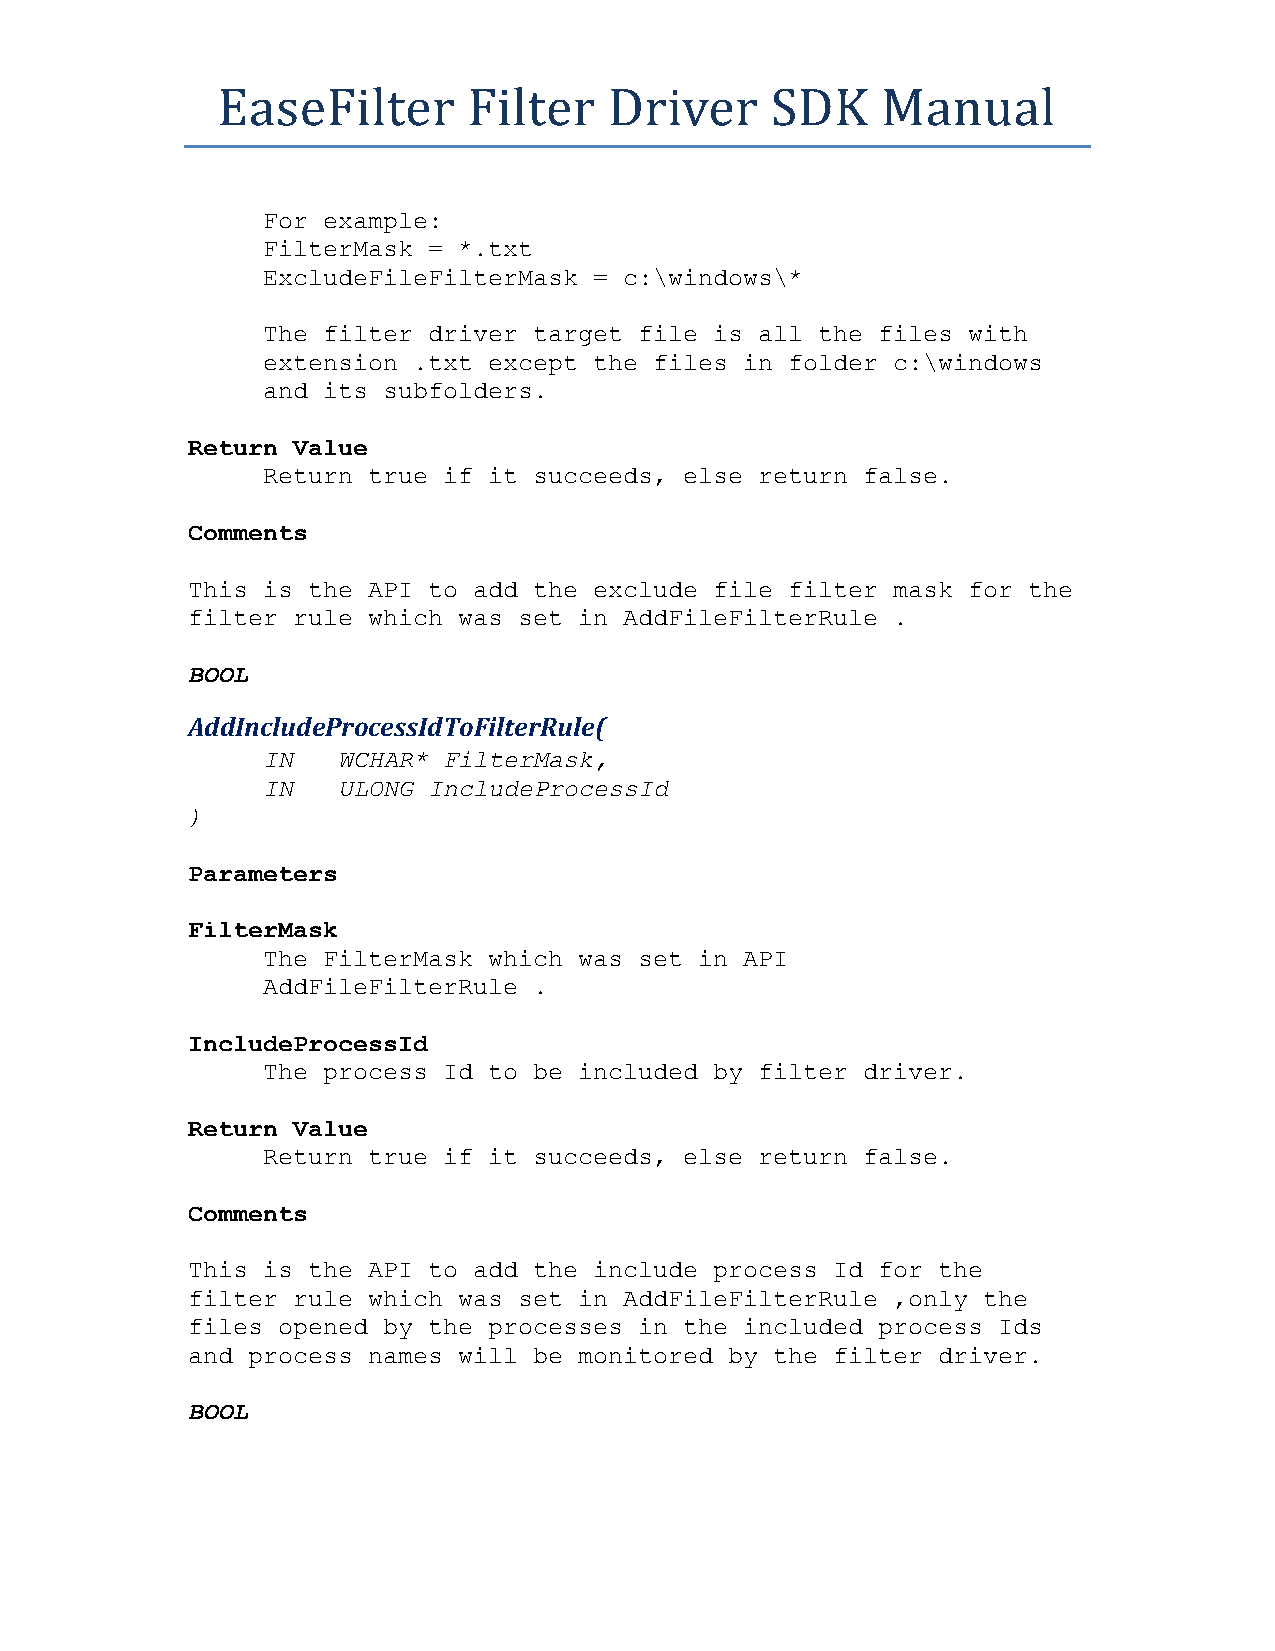
EaseFilter       Filter   Driver     SDK    Manual
 For example:
 FilterMask = *.txt
 ExcludeFileFilterMask = c:\windows\*
 The filter driver target file is all the files with
 extension .txt except the files in folder c:\windows
 and its subfolders.
 Return Value
 Return true if it succeeds, else return false.
 Comments
 This is the API to add the exclude file filter mask for the
 filter rule which was set in AddFileFilterRule .
 BOOL
 AddIncludeProcessIdToFilterRule(
 IN   WCHAR* FilterMask,
 IN   ULONG IncludeProcessId
 )
 Parameters
 FilterMask
 The FilterMask which was set in API
 AddFileFilterRule .
 IncludeProcessId
 The process Id to be included by filter driver.
 Return Value
 Return true if it succeeds, else return false.
 Comments
 This is the API to add the include process Id for the
 filter rule which was set in AddFileFilterRule ,only the
 files opened by the processes in the included process Ids
 and process names will be monitored by the filter driver.
 BOOL